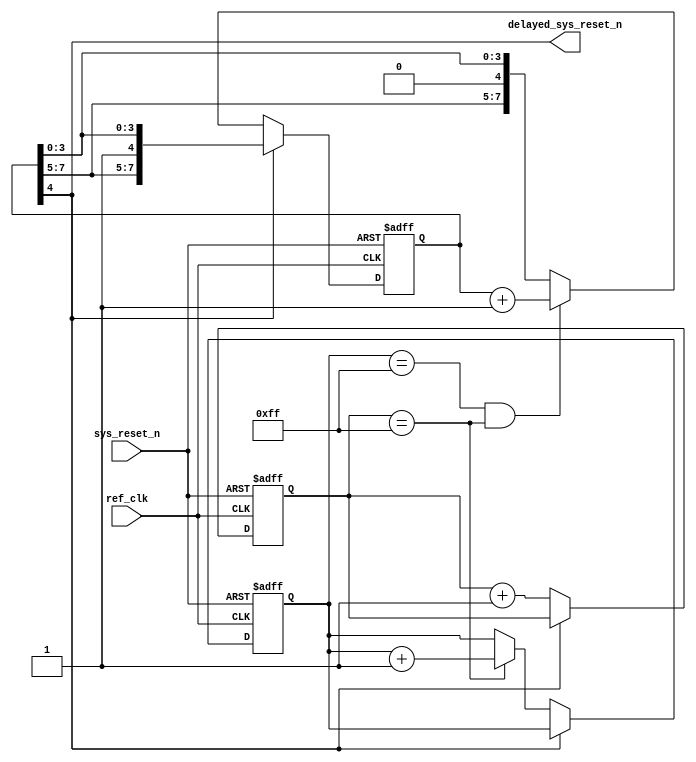
//-----------------------------------------------------------------------------
//
// (c) Copyright 2009-2011 Xilinx, Inc. All rights reserved.
//
// This file contains confidential and proprietary information
// of Xilinx, Inc. and is protected under U.S. and
// international copyright and other intellectual property
// laws.
//
// DISCLAIMER
// This disclaimer is not a license and does not grant any
// rights to the materials distributed herewith. Except as
// otherwise provided in a valid license issued to you by
// Xilinx, and to the maximum extent permitted by applicable
// law: (1) THESE MATERIALS ARE MADE AVAILABLE "AS IS" AND
// WITH ALL FAULTS, AND XILINX HEREBY DISCLAIMS ALL WARRANTIES
// AND CONDITIONS, EXPRESS, IMPLIED, OR STATUTORY, INCLUDING
// BUT NOT LIMITED TO WARRANTIES OF MERCHANTABILITY, NON-
// INFRINGEMENT, OR FITNESS FOR ANY PARTICULAR PURPOSE; and
// (2) Xilinx shall not be liable (whether in contract or tort,
// including negligence, or under any other theory of
// liability) for any loss or damage of any kind or nature
// related to, arising under or in connection with these
// materials, including for any direct, or any indirect,
// special, incidental, or consequential loss or damage
// (including loss of data, profits, goodwill, or any type of
// loss or damage suffered as a result of any action brought
// by a third party) even if such damage or loss was
// reasonably foreseeable or Xilinx had been advised of the
// possibility of the same.
//
// CRITICAL APPLICATIONS
// Xilinx products are not designed or intended to be fail-
// safe, or for use in any application requiring fail-safe
// performance, such as life-support or safety devices or
// systems, Class III medical devices, nuclear facilities,
// applications related to the deployment of airbags, or any
// other applications that could lead to death, personal
// injury, or severe property or environmental damage
// (individually and collectively, "Critical
// Applications"). Customer assumes the sole risk and
// liability of any use of Xilinx products in Critical
// Applications, subject only to applicable laws and
// regulations governing limitations on product liability.
//
// THIS COPYRIGHT NOTICE AND DISCLAIMER MUST BE RETAINED AS
// PART OF THIS FILE AT ALL TIMES.
//
//-----------------------------------------------------------------------------
// Project    : Virtex-6 Integrated Block for PCI Express
// Version    : 1.7
//--
//-- Description: sys_reset_n delay (20ms) for Virtex6 PCIe Block
//--
//--
//--
//--------------------------------------------------------------------------------

`timescale 1ns/1ns

module pcie_reset_delay_v6 # (

  parameter PL_FAST_TRAIN = "FALSE",
  parameter REF_CLK_FREQ = 0   // 0 - 100 MHz, 1 - 125 MHz, 2 - 250 MHz

)
(

  input  wire        ref_clk,
  input  wire        sys_reset_n,
  output             delayed_sys_reset_n
   
);

  parameter TCQ = 1;

  localparam         TBIT =  (PL_FAST_TRAIN == "FALSE") ?  ((REF_CLK_FREQ == 1) ? 20: (REF_CLK_FREQ == 0) ? 20 : 21) : 2;

  reg [7:0]          reg_count_7_0;
  reg [7:0]          reg_count_15_8;
  reg [7:0]          reg_count_23_16;
  wire [23:0]        concat_count;

  assign concat_count = {reg_count_23_16, reg_count_15_8, reg_count_7_0};

  always @(posedge ref_clk or negedge sys_reset_n) begin

    if (!sys_reset_n) begin

      reg_count_7_0 <= #TCQ 8'h0;
      reg_count_15_8 <= #TCQ 8'h0;
      reg_count_23_16 <= #TCQ 8'h0;

    end else begin

      if (delayed_sys_reset_n != 1'b1) begin

        reg_count_7_0   <= #TCQ reg_count_7_0 + 1'b1;
        reg_count_15_8  <= #TCQ (reg_count_7_0 == 8'hff)? reg_count_15_8  + 1'b1 : reg_count_15_8 ;
        reg_count_23_16 <= #TCQ ((reg_count_15_8 == 8'hff) & (reg_count_7_0 == 8'hff)) ? reg_count_23_16 + 1'b1 : reg_count_23_16;

      end 

    end

  end

  assign delayed_sys_reset_n = concat_count[TBIT]; 

endmodule